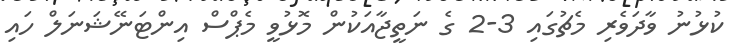
ކުޅުނު ވާދަވެރި މެޗުގައި 3-2 ގެ ނަތީޖާއަކުން މޮޅުވީ މެޕްސް އިންޓަނޭޝަނަލް ހައި